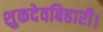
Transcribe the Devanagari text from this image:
शुकदेवबिहारी।